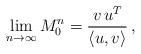
LaTeX: \begin{align*}\lim_{n \to \infty} M_0^n = \dfrac{v \, u^T}{\langle u, v \rangle} \,,\end{align*}